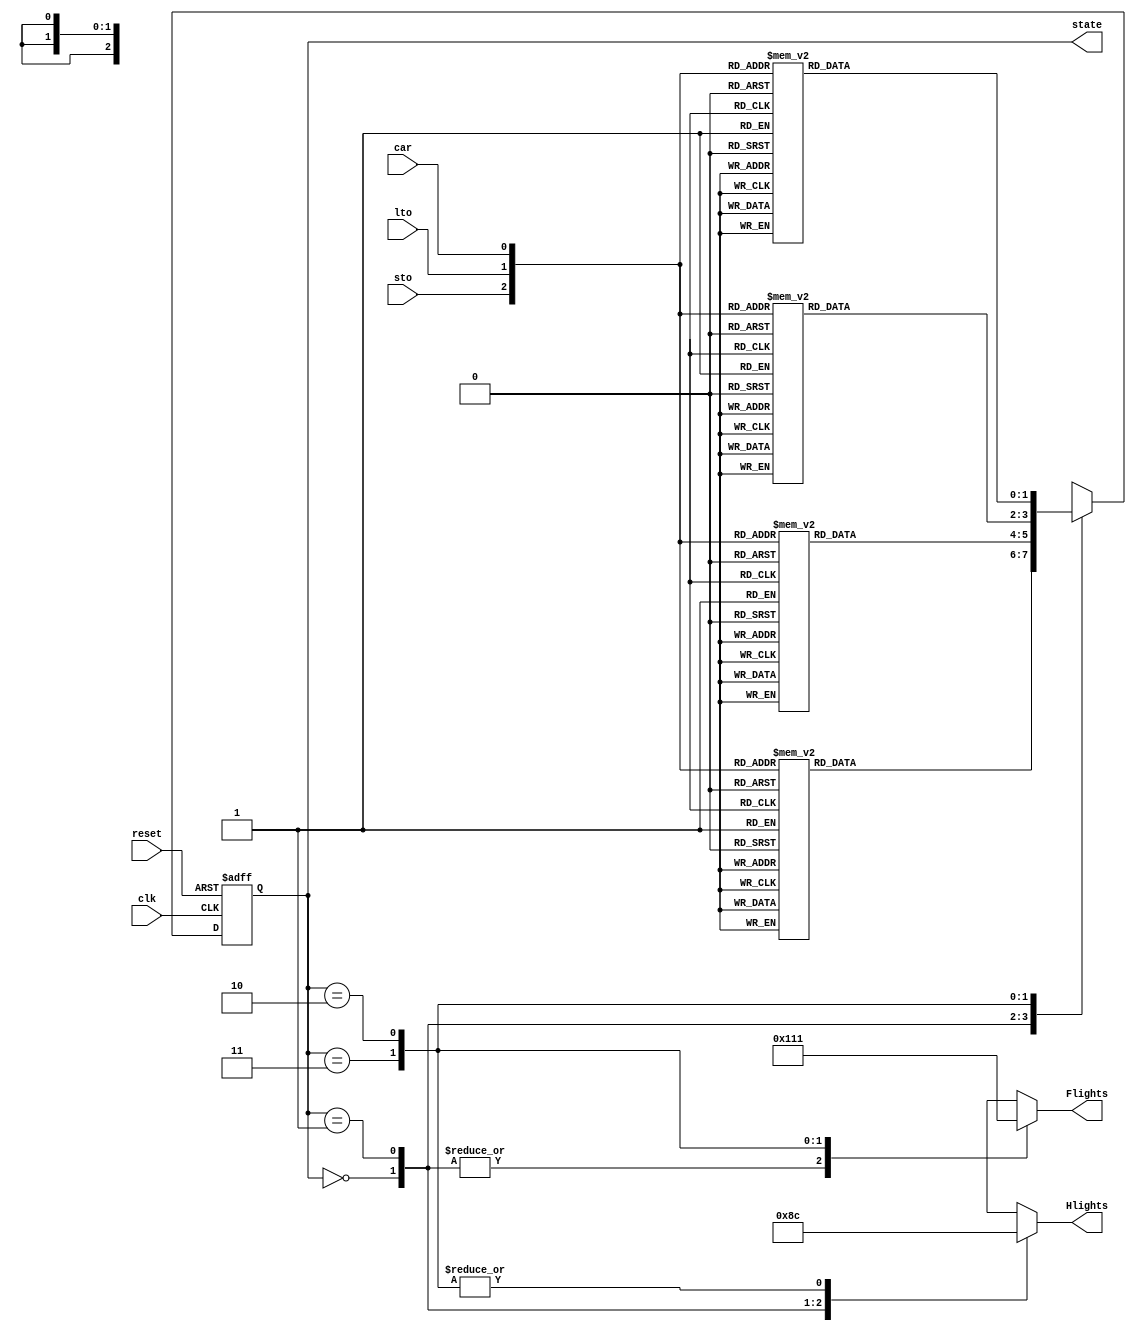
//================================================================--
// Design Unit	: lab9 (behaviour)
//
//
// Purpose	: implement traffic light controller
//
//
// Environmant	: Icarus
//-------------------------------------------------------------------
// Revision List	
// Version	Author	Date	Changes
// 1.0		PW	Sept 10 New version
// 1.1		PW	June 20 2013 review
//================================================================--

module lab9 (state,  clk, sto, lto, car, reset, Hlights, Flights); 

   output reg [2:0] Hlights, Flights;
   // light order is red green yellow 
   // eg HG -> Hlights==010 -> green highway on others off.
   input wire clk, reset, sto, lto, car;
   output reg [1:0] state;
   reg [1:0] nextState;
   reg [2:0] inp;

   parameter HG = 2'b00, HY = 2'b01, FG = 2'b11, FY = 2'b10;

   // state assignment

   always @(posedge clk, negedge reset) begin
      if (reset == 0)
         state<=HG;
      else
         state<=nextState;
   end

   // next state functions

   always @(state, sto, lto, car) begin
      inp={sto,lto,car};
      case (state)
         HG: begin
            Hlights= 3'b 010;
            Flights= 3'b 100;
            case  (inp)
               3'b000: nextState<=HG;
               3'b001: nextState<=HG;
               3'b010: nextState<=HG;
               3'b011: nextState<=HY;
               3'b100: nextState<=HG;
               3'b101: nextState<=HG;
               3'b110: nextState<=HG;
               3'b111: nextState<=HY;
            endcase
         end
         HY: begin
            Hlights= 3'b 001;
            Flights= 3'b 100;
            case  (inp)
               3'b000: nextState<=HY;
               3'b001: nextState<=HY;
               3'b010: nextState<=HY;
               3'b011: nextState<=HY;
               3'b100: nextState<=FG;
               3'b101: nextState<=FG;
               3'b110: nextState<=FG;
               3'b111: nextState<=FG;
            endcase
         end
         FG: begin
            Hlights= 3'b 100;
            Flights= 3'b 010;
            case  (inp)
               3'b000: nextState<=FG;
               3'b001: nextState<=FG;
               3'b010: nextState<=FY;
               3'b011: nextState<=FY;
               3'b100: nextState<=FY;
               3'b101: nextState<=FG;
               3'b110: nextState<=FY;
               3'b111: nextState<=FY;
            endcase
         end
         FY: begin
            Hlights= 3'b 100;
            Flights= 3'b 001;
            case  (inp)
               3'b000: nextState<=FY;
               3'b001: nextState<=FY;
               3'b010: nextState<=FY;
               3'b011: nextState<=FY;
               3'b100: nextState<=HG;
               3'b101: nextState<=HG;
               3'b110: nextState<=HG;
               3'b111: nextState<=HG;
            endcase
         end

     endcase 
   end

endmodule